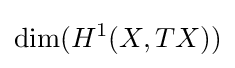
\dim(H^{1}(X,TX))